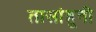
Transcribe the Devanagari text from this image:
तासांहूनी